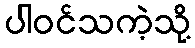
ပါဝင်သကဲ့သို့